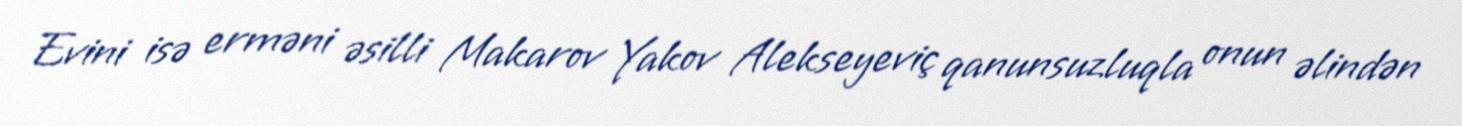
Evini isə erməni əsilli Makarov Yakov Alekseyeviç qanunsuzluqla onun əlindən